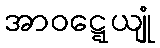
အာဝဋ္ဋေယျုံ